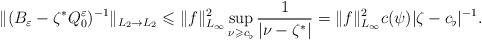
LaTeX: \begin{align*}\Vert (B_\varepsilon -\zeta ^*Q_0^\varepsilon )^{-1}\Vert _{L_2\rightarrow L_2}\leqslant \Vert f\Vert ^2_{L_\infty}\sup\limits _{\nu\geqslant c_\flat}\frac{1}{\vert \nu -\zeta ^*\vert}=\Vert f\Vert ^2_{L_\infty}c(\psi)\vert \zeta -c_\flat\vert ^{-1}.\end{align*}